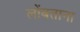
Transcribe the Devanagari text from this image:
लोंबताना